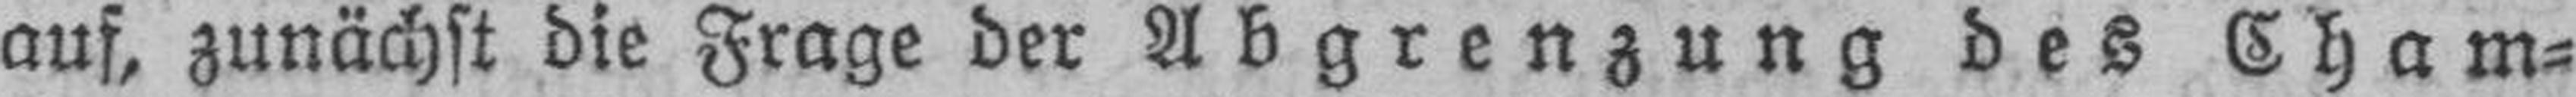
auf, zunächst die Frage der Abgrenzung des Cham¬